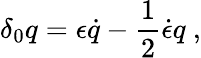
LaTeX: \delta_{0}q=\epsilon\dot{q}-{\frac{1}{2}}\dot{\epsilon}q\ ,